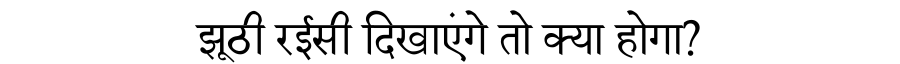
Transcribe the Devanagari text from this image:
झूठी रईसी दिखाएंगे तो क्या होगा?